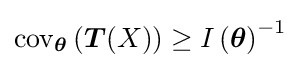
\operatorname {cov} _{\boldsymbol {\theta }}\left({\boldsymbol {T}}(X)\right)\geq I\left({\boldsymbol {\theta }}\right)^{-1}